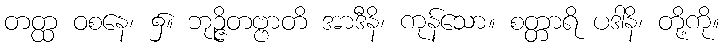
တတ္ထ ဝစနေ၊ ၌။ ဘုဉ္ဇိတဗ္ဗာတိ အာဒီနိ၊ ကုန်သော။ စတ္တာရိ ပဒါနိ၊ တို့ကို။